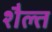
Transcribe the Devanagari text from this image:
शैल्त